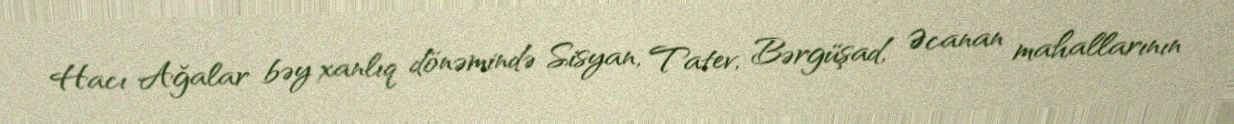
Hacı Ağalar bəy xanlıq dönəmində Sisyan, Tatev, Bərgüşad, Əcanan mahallarının